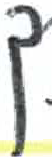
אות: ך